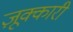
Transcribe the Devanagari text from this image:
ज़ूक्कारी